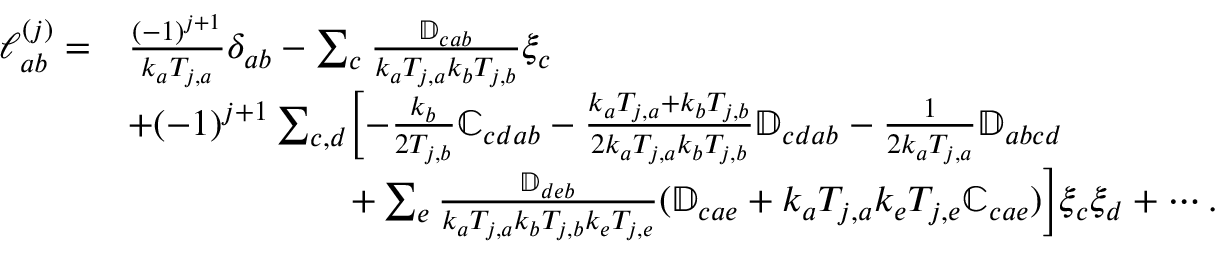
\begin{array} { r l } { \mathcal { l } _ { a b } ^ { ( j ) } = } & { \frac { ( - 1 ) ^ { j + 1 } } { k _ { a } T _ { j , a } } \delta _ { a b } - \sum _ { c } \frac { \mathbb { D } _ { c a b } } { k _ { a } T _ { j , a } k _ { b } T _ { j , b } } \xi _ { c } } \\ & { + ( - 1 ) ^ { j + 1 } \sum _ { c , d } \biggl [ - \frac { k _ { b } } { 2 T _ { j , b } } \mathbb { C } _ { c d a b } - \frac { k _ { a } T _ { j , a } + k _ { b } T _ { j , b } } { 2 k _ { a } T _ { j , a } k _ { b } T _ { j , b } } \mathbb { D } _ { c d a b } - \frac { 1 } { 2 k _ { a } T _ { j , a } } \mathbb { D } _ { a b c d } } \\ & { \qquad \qquad \qquad + \sum _ { e } \frac { \mathbb { D } _ { d e b } } { k _ { a } T _ { j , a } k _ { b } T _ { j , b } k _ { e } T _ { j , e } } ( \mathbb { D } _ { c a e } + k _ { a } T _ { j , a } k _ { e } T _ { j , e } \mathbb { C } _ { c a e } ) \biggl ] \xi _ { c } \xi _ { d } + \cdots . } \end{array}